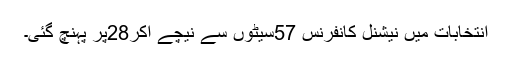
انتخابات میں نیشنل کانفرنس 57سیٹوں سے نیچے آکر28پر پہنچ گئی۔